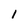
Character: 1